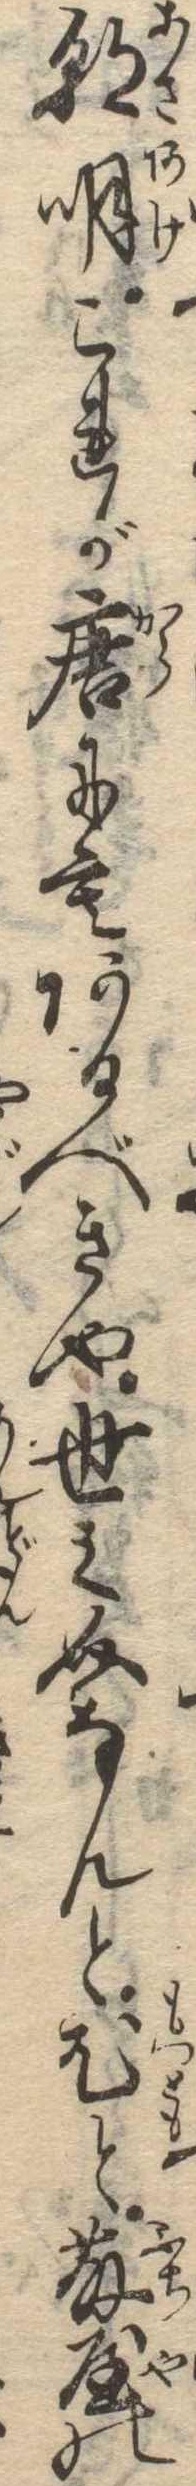
朝明これが唐にもあるべきや世之介なんと尤と藤屋の